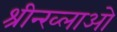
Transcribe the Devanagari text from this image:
श्रीन्ख्लाओ